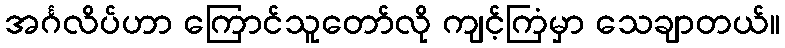
အင်္ဂလိပ်ဟာ ကြောင်သူတော်လို ကျင့်ကြံမှာ သေချာတယ်။